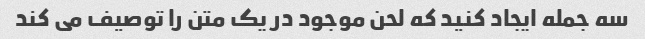
سه جمله ایجاد کنید که لحن موجود در یک متن را توصیف می کند